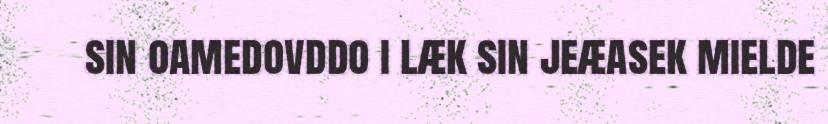
sin oamedovddo i læk sin jeæasek mielde